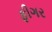
ફીગર